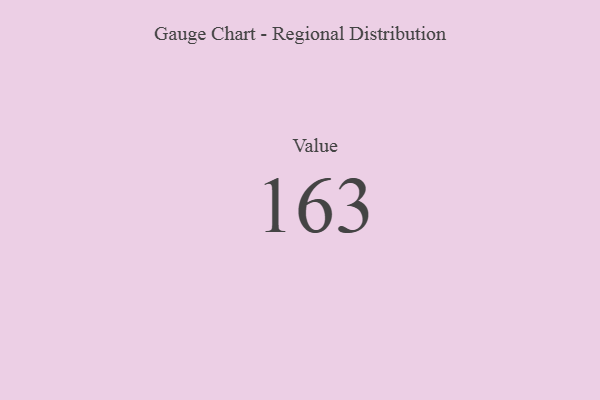
{"axis": {"x": "Metric", "y": "Value"}, "legend": [""], "data": [{"x": "Value", "y": 163, "type": ""}]}